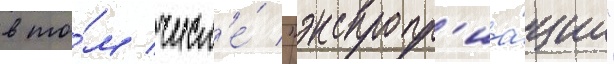
в то́м числ'е́ "экспропр'иа́ции"